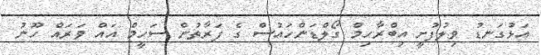
އަޅުގަނޑު ވިލުފުށީ އިބްރާހިމް ގޯލްޑަންހައުސް ގެ ފަރާތުން ސަހީމް އައް ވަރައް ހޫނު